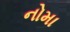
નોમા